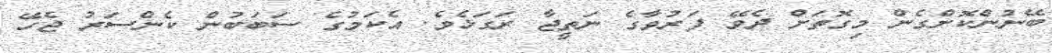
ބޭނުންކޮށްގެން މިގޮތަށް ދެވޭ ފަރުވާގެ ނަތީޖާ ރަގަޅެވެ. އެކަމުގެ ސަބަބުން ކެންސަރު ޖެހޭ